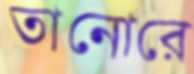
তানোরে